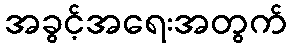
အခွင့်အရေးအတွက်